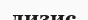
лизис